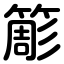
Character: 簓